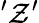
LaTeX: '\mathcal{Z}’